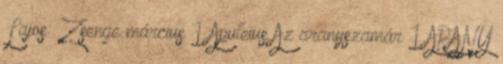
Lajos: Zsenge március 1 Apuleius Az aranyszamár 1 ARANY